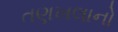
તણખલાનો